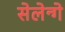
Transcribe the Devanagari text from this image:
सेलेन्गे